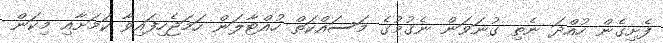
ފެށިގެން ހުއްދަ ނެތި ގުނަވަން ނެގުމުގެ މަސައްކަތް ހުއްޓާލަން ހަމަޖެހިފައިވާ ކަމަށާއި މިކަން